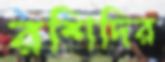
রশিদির